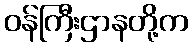
ဝန်ကြီးဌာနတို့က